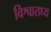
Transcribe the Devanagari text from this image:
विश्वाराध्य